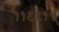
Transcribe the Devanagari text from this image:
११९९१५